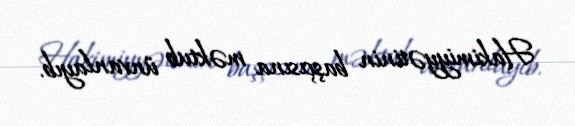
Hakimiyyətinin başçısına məktub ünvanlayıb.